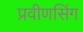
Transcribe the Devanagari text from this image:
प्रवीणसिंग